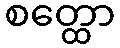
စတ္ထော